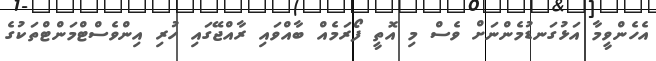
އެހެންވީމާ އަޅުގަނޑުމެންނަށް ވެސް މި އޮތީ ފޯރަމެއް ބާއްވައި ރާއްޖޭގައި ހުރި އިންވެސްޓްމަންޓްތަކުގެ